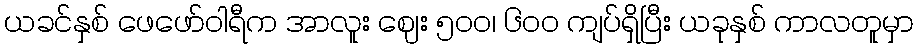
ယခင်နှစ် ဖေဖော်ဝါရီက အာလူး ဈေး ၅၀၀၊ ၆၀၀ ကျပ်ရှိပြီး ယခုနှစ် ကာလတူမှာ